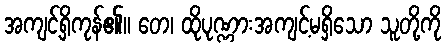
အကျင့်ရှိကုန်၏။ တေ၊ ထိုပုဏ္ဏားအကျင့်မရှိသော သူတို့ကို